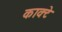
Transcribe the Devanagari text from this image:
काक्टे